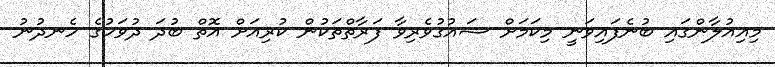
މިއިއުލާންގައި ބުނެފައިވަނީ މިކަމަށް ޝައުގުވެރިވާ ފަރާތްތަކުން ކުރިއަށް އޮތް ބުދަ ދުވަހުގެ ހެނދުނު